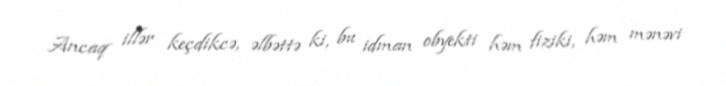
Ancaq illər keçdikcə, əlbəttə ki, bu idman obyekti həm fiziki, həm mənəvi